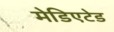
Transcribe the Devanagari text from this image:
मेडिएटेड